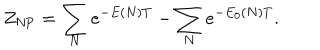
Z _ { \mathrm { N P } } = \sum _ { N } e ^ { - E ( N ) T } - \sum _ { N } e ^ { - E _ { 0 } ( N ) T } .